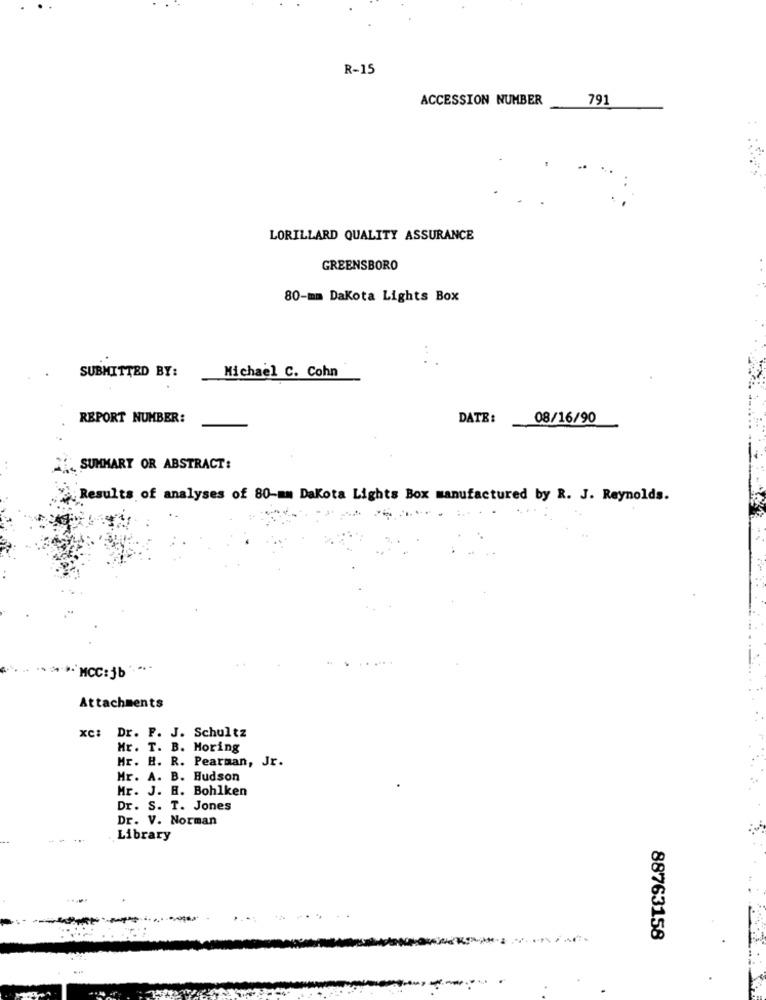
R-15
ACCESSION NUMBER
79
.+
LORILLARD QUALITY ASSURANCE
GREENSBORO
80-mm Dakota Lights Box
. .
SUBMITTED BY:
Michael C. Cohn
REPORT NUMBER:
DATE:
08/16/90
SUMMARY OR ABSTRACT:
Results of analyses of 80-mm Dakota Lights Box manufactured by R. J. Reynolds.
" MCC: jb '. .. .
Attachments
xC:
Dr. F. J. Schultz
Mr. T. B. Moring
Mr. H. R. Pearman, Jr.
Mr. A. B. Hudson
Mr. J. R. Bohlken
Dr. S. T. Jones
Dr. V. Norman
Library
88763158